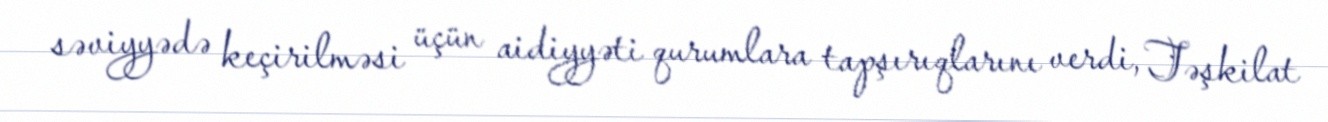
səviyyədə keçirilməsi üçün aidiyyəti qurumlara tapşırıqlarını verdi, Təşkilat